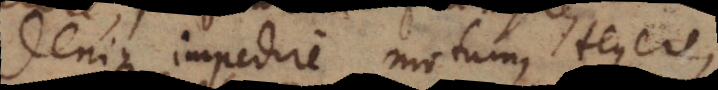
denique impedire motum, tegere,